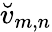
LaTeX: \breve{v}_{m,n}